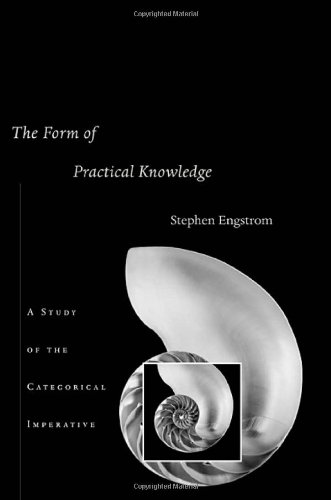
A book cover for The Form of Practical Knowledge: A Study of the Categorical Imperative; Stephen Engstrom; Politics & Social Sciences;